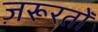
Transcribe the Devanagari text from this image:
ज़रूरतोँ